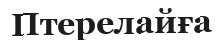
Птерелайға